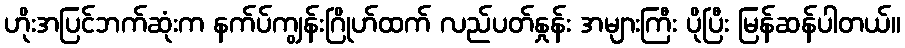
ဟိုးအပြင်ဘက်ဆုံးက နက်ပ်ကျွန်းဂြိုဟ်ထက် လည်ပတ်နှုန်း အများကြီး ပိုပြီး မြန်ဆန်ပါတယ်။